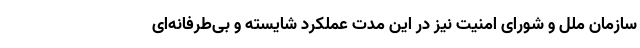
سازمان ملل و شورای امنیت نیز در این مدت عملکرد شایسته و بی‌طرفانه‌ای